Indian journal of veterinary science and animal husbandry - Volume 1,
Year: 1931
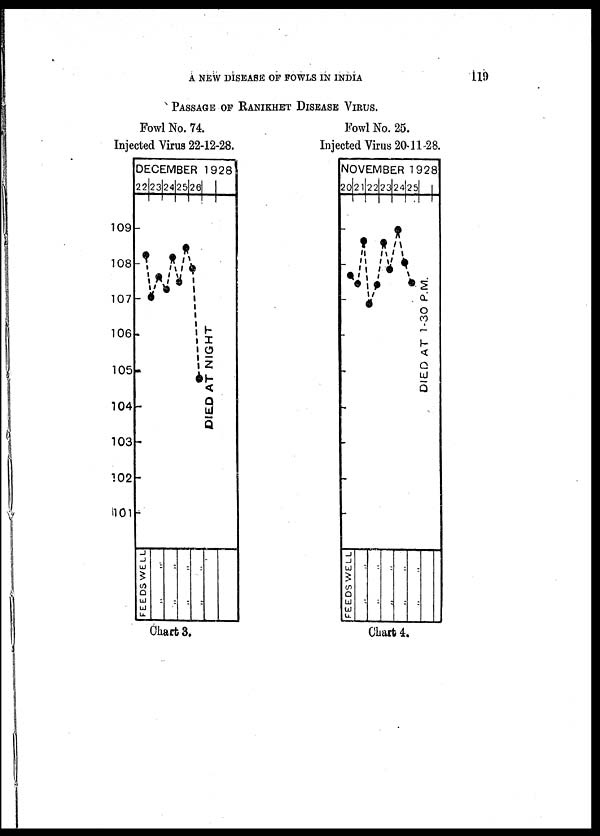
A NEW DISEASE OF FOWLS IN INDIA
119
PASSAGE OF RANIKHET DISEASE VIRUS.
Fowl No. 74.
Injected Virus 22-12-28.
Fowl No. 25.
Injected Virus 20-11-28.